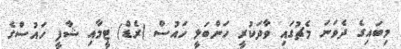
މިބައިގެ ދެވަނަ މެޗުގައި ވާދަކުރީ ހަންބަލީ ހައުސް (ރެޑް) ޓީމާއި ޝާފީ ހައުސްގެ